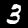
Digit: 3